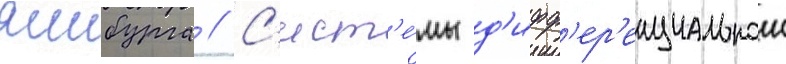
ямбурга // С'ист'е́мы д'ифф'ер'енциальнои